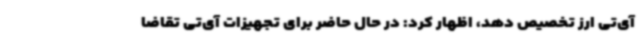
آی‌تی ارز تخصیص دهد، اظهار کرد: در حال حاضر برای تجهیزات آی‌تی تقاضا